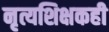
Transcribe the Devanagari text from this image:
नृत्यशिक्षकही